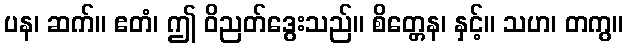
ပန၊ ဆက်။ ဧတံ၊ ဤ ဝိညတ်ဒွေးသည်။ စိတ္တေန၊ နှင့်။ သဟ၊ တကွ။